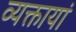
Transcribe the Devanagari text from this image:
व्यक्तायां